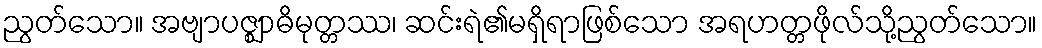
ညွတ်သော။ အဗျာပဇ္ဈာဓိမုတ္တဿ၊ ဆင်းရဲ၏မရှိရာဖြစ်သော အရဟတ္တဖိုလ်သို့ညွတ်သော။